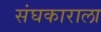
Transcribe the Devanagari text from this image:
संघकाराला